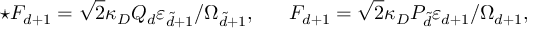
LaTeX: \star F _ { d + 1 } = \sqrt { 2 } \kappa _ { D } Q _ { d } \varepsilon _ { \tilde { d } + 1 } / \Omega _ { \tilde { d } + 1 } , \ \ \ \ \ F _ { d + 1 } = \sqrt { 2 } \kappa _ { D } P _ { \tilde { d } } \varepsilon _ { d + 1 } / \Omega _ { d + 1 } ,